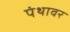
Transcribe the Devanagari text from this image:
पंथावर